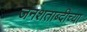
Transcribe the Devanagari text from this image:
जनशताब्दीच्या